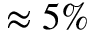
\approx 5 \%